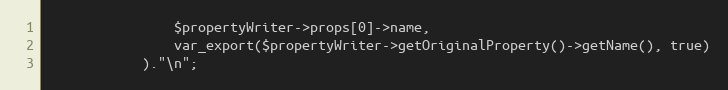
Language: PHP
                $propertyWriter->props[0]->name,
                var_export($propertyWriter->getOriginalProperty()->getName(), true)
            )."\n";